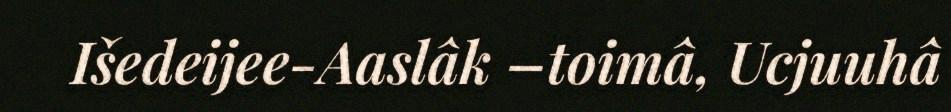
Išedeijee-Aaslâk –toimâ, Ucjuuhâ